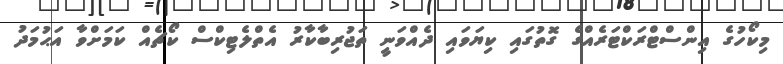
މިކޯހުގެ އިންސްޓްރަކްޓަރެއްގެ ގޮތުގައި ކިޔަވައި ދެއްވަނީ ތަޖުރިބާކާރު އެތްލެޓިކްސް ކޯޗެއް ކަމަށްވާ އަޙުމަދު